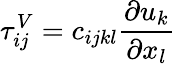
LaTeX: \tau_{ij}^{V}=c_{ijkl}\frac{\partial u_{k}}{\partial x_{l}}